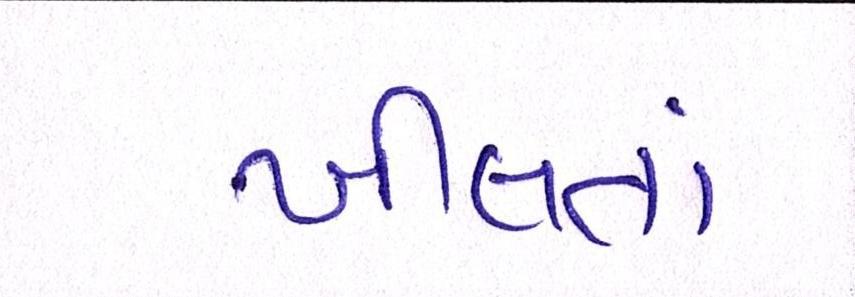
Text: ખીલતાં